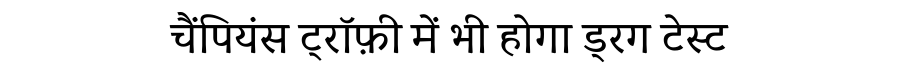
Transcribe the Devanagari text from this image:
चैंपियंस ट्रॉफ़ी में भी होगा ड्रग टेस्ट